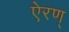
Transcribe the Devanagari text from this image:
ऐरण्